Report on vaccination North-West Frontier Province 1904-1922 - 1904-1922
Year: 1904
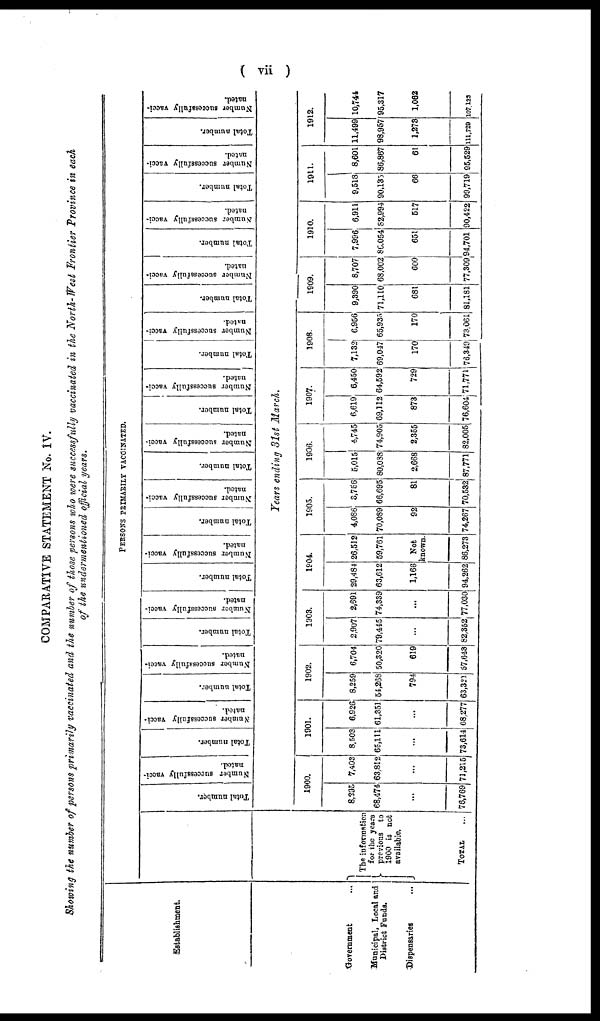
( vii )
COMPARATIVE STATEMENT No. IV.
Showing the number of persons primarily vaccinated and the number of those persons who were successfully vaccinated in the North- West Frontier Province in each
of the undermentioned official years.
Establishment.
Government ...
Municipal, Local and
District Funds.
Dispensaries ...
PERSONS PRIMARILY VACCINATED.
The information
for the years
previous to
1900 is not
available.
TOTAL ...
Total number.
Number successfully vacci-
nated.
Total number.
Number successfully vacci-
nated.
Total number.
Number successfully vacci-
nated.
Total number.
Number successfully vacci-
nated.
Total number.
Number successfully vacci-
nated.
Total number.
Number successfully vacci-
nated.
Total number.
Number successfully vacci-
nated.
Total number.
Number successfully vacci-
nated.
Total number.
Number successfully vacci¬
nated.
Total number.
Number successfully vacci-
nated.
Total number.
Number successfully vacci-
nated.
Total number.
Number successfully vacci-
nated.
Total number.
Number successfully vacci-
nated.
Years ending 31st March.
1900.
8,295
68,474
...
78,769
7,403
63,812
...
71,215
1901.
8,503
65,111
...
73,614
6,926
61,351
...
68,277
1902.
8,259
54,268
794
63,321
6,704
50,320
619
57,648
1903.
2,907
79,445
...
82,352
2,691
74,339
...
77,030
1904.
29,484
63,612
1,166
94,262
26,512
59,761
Not
known.
86,273
1905.
4,086
70,089
92
74,267
3,756
66,695
81
70,532
1906.
5,015
80,088
2,668
87,771
4,745
74,905
2,355
82,005
1907.
6,619
69,112
873
76,604
6,450
64,592
729
71,771
1908.
7,132
69,047
170
76,349
6,956
65,935
170
73,061
1909.
9,390
71,110
681
81,181
8,707
68,002
600
77,309
1910.
7,996
86,054
651
94,701
6,911
82,994
517
90,422
1911.
9,518
90,135
66
99,719
8,601
86,867
61
95,529
1912.
11,499
98,957
1,273
111,729
10,744
95,317
1,062
107,123